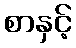
စာနှင့်